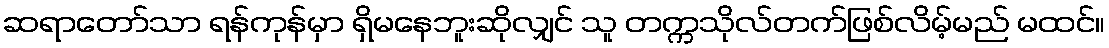
ဆရာတော်သာ ရန်ကုန်မှာ ရှိမနေဘူးဆိုလျှင် သူ တက္ကသိုလ်တက်ဖြစ်လိမ့်မည် မထင်။